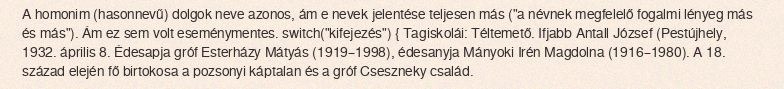
A homonim (hasonnevű) dolgok neve azonos, ám e nevek jelentése teljesen más ("a névnek megfelelő fogalmi lényeg más és más"). Ám ez sem volt eseménymentes. switch("kifejezés") { Tagiskolái: Téltemető. Ifjabb Antall József (Pestújhely, 1932. április 8. Édesapja gróf Esterházy Mátyás (1919–1998), édesanyja Mányoki Irén Magdolna (1916–1980). A 18. század elején fő birtokosa a pozsonyi káptalan és a gróf Cseszneky család.